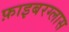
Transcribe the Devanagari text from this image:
फ़ाइबरग्लास